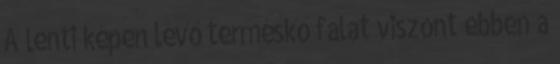
A lenti képen lévő terméskő falat viszont ebben a